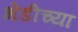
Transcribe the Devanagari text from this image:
भेडीच्या